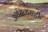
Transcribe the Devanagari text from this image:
अर्धसत्यसाठी